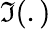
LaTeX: \Im(.)